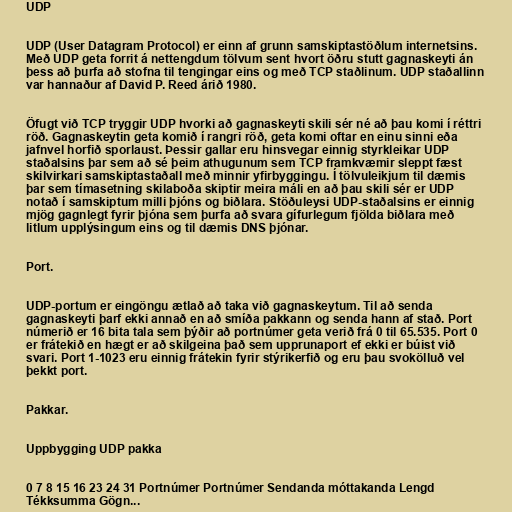
UDP

UDP (User Datagram Protocol) er einn af grunn samskiptastöðlum internetsins.
Með UDP geta forrit á nettengdum tölvum sent hvort öðru stutt gagnaskeyti án
þess að þurfa að stofna til tengingar eins og með TCP staðlinum. UDP staðallinn
var hannaður af David P. Reed árið 1980.

Öfugt við TCP tryggir UDP hvorki að gagnaskeyti skili sér né að þau komi í réttri
röð. Gagnaskeytin geta komið í rangri röð, geta komi oftar en einu sinni eða
jafnvel horfið sporlaust. Þessir gallar eru hinsvegar einnig styrkleikar UDP
staðalsins þar sem að sé þeim athugunum sem TCP framkvæmir sleppt fæst
skilvirkari samskiptastaðall með minnir yfirbyggingu. Í tölvuleikjum til dæmis
þar sem tímasetning skilaboða skiptir meira máli en að þau skili sér er UDP
notað í samskiptum milli þjóns og biðlara. Stöðuleysi UDP-staðalsins er einnig
mjög gagnlegt fyrir þjóna sem þurfa að svara gífurlegum fjölda biðlara með
litlum upplýsingum eins og til dæmis DNS þjónar.

Port.

UDP-portum er eingöngu ætlað að taka við gagnaskeytum. Til að senda
gagnaskeyti þarf ekki annað en að smíða pakkann og senda hann af stað. Port
númerið er 16 bita tala sem þýðir að portnúmer geta verið frá 0 til 65.535. Port 0
er frátekið en hægt er að skilgeina það sem upprunaport ef ekki er búist við
svari. Port 1-1023 eru einnig frátekin fyrir stýrikerfið og eru þau svokölluð vel
þekkt port.

Pakkar.

Uppbygging UDP pakka

0 7 8 15 16 23 24 31 Portnúmer Portnúmer Sendanda móttakanda Lengd
Tékksumma Gögn...